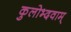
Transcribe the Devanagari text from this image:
कुलोभ्दवाम्